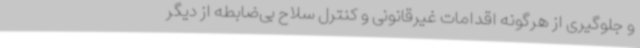
و جلوگیری از هرگونه اقدامات غیرقانونی و کنترل سلاح بی‌ضابطه از دیگر